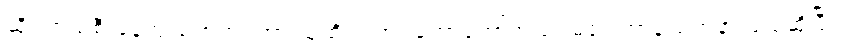
ဆိုင်ကယ်စီးနေကျ မဟုတ်တော့ သူထိုင်ရတာ တော်တော်အဆင်မပြေတာနဲ့ ခဏနားမယ်ဆိုပြီး